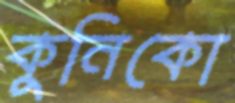
কুনিকো